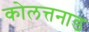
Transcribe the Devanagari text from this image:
कोलत्तनाड